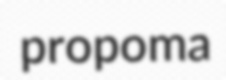
propoma